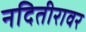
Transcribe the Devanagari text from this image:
नदितीरावर